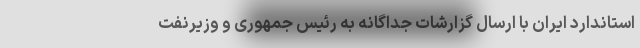
استاندارد ایران با ارسال گزارشات جداگانه به رئیس جمهوری و وزیرنفت